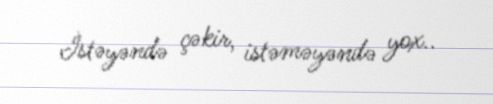
İstəyəndə çəkir, istəməyəndə yox..